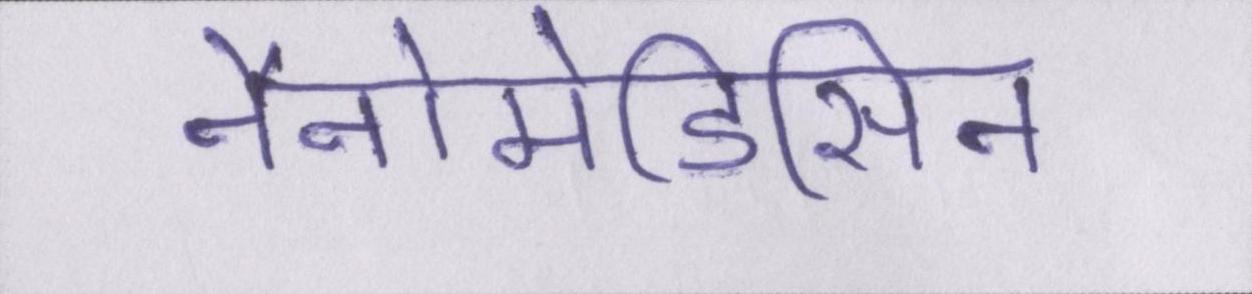
नैनोमेडिसिन